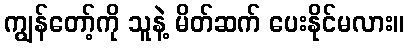
ကျွန်တော့်ကို သူနဲ့ မိတ်ဆက် ပေးနိုင်မလား။